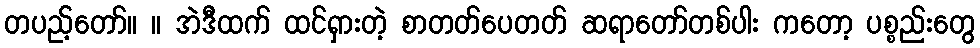
တပည့်တော်။ ။ အဲဒီထက် ထင်ရှားတဲ့ စာတတ်ပေတတ် ဆရာတော်တစ်ပါး ကတော့ ပစ္စည်းတွေ